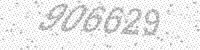
Solution: 906629